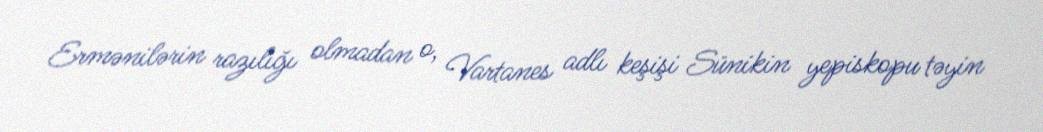
Ermənilərin razılığı olmadan o, Vartanes adlı keşişi Sünikin yepiskopu təyin